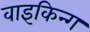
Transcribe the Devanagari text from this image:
वाइकिन्ग